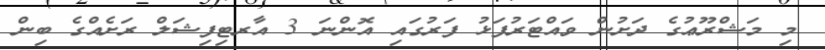
މި މަޝްރޫޢުގެ ދަށުން ވައްޓަރުފަޅު ފަރުގައި އޮންނަ 3 އާރޓިފިޝަލް ރަށެއްގެ ބިން